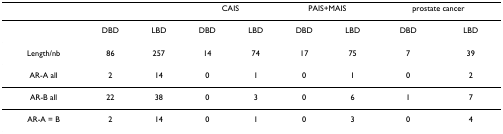
<table><thead><tr><td></td><td></td><td></td><td colspan="2"><b>CAIS</b></td><td colspan="2"><b>PAIS+MAIS</b></td><td colspan="2"><b>prostate cancer</b></td></tr></thead><tbody><tr><td></td><td>DBD</td><td>LBD</td><td>DBD</td><td>LBD</td><td>DBD</td><td>LBD</td><td>DBD</td><td>LBD</td></tr><tr><td>Length/nb</td><td>86</td><td>257</td><td>14</td><td>74</td><td>17</td><td>75</td><td>7</td><td>39</td></tr><tr><td>AR-A all</td><td>2</td><td>14</td><td>0</td><td>1</td><td>0</td><td>1</td><td>0</td><td>2</td></tr><tr><td>AR-B all</td><td>22</td><td>38</td><td>0</td><td>3</td><td>0</td><td>6</td><td>1</td><td>7</td></tr><tr><td>AR-A = B</td><td>2</td><td>14</td><td>0</td><td>1</td><td>0</td><td>3</td><td>0</td><td>4</td></tr></tbody></table>